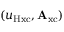
( u _ { \mathrm { H x c } } , \mathbf { A } _ { \mathrm { x c } } )